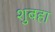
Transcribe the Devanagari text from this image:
शुबहा